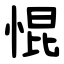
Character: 惃